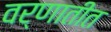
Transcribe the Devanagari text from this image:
वर्णातीत